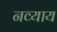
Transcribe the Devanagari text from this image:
नव्याय